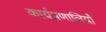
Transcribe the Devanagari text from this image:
कार्यप्रणालियाँ